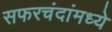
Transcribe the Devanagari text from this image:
सफरचंदांमध्ये